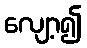
လျော့၍